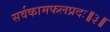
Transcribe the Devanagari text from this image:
सर्वकामफलप्रदः॥३॥